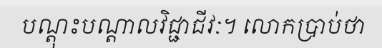
បណ្តុះបណ្តាលវិជ្ជាជីវៈ។ លោកប្រាប់ថា